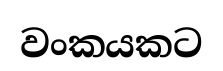
වංකයකට